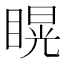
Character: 䁜